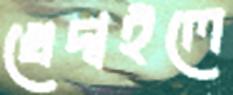
খেদাইলে